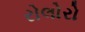
રોલોરો